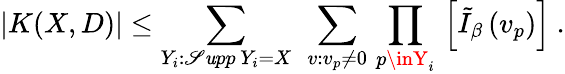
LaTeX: \left.|K(X,D)|\leq\sum_{Y_{i}:\mathscr{S}\mathit{u}pp\, Y_{i}=X}\ \sum_{v:v_{p}\neq0}\, \prod_{p\inY_{i}}\, \left[\tilde{{I}}_{\beta}\, (v_{p})\right]\right.\ .